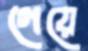
গেয়ে